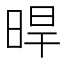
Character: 晘